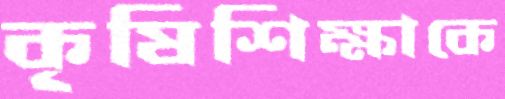
কৃষিশিক্ষাকে